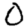
Digit: 0